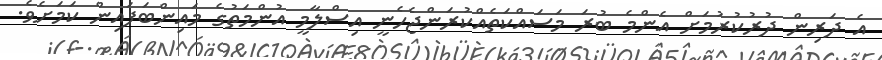
އެ ދަރިން ދުރުކުރުމަށް އެންމެ ބުރަ މަސައްކަތެއްކުރަންޖެހެނީ އިސްލާމީ އުންމަތުގެ މައިންބަފައިން ކަމަށެވެ.